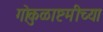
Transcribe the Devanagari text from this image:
गोकुळाष्टमीच्या